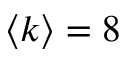
\langle k \rangle = 8